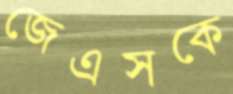
জেএসকে